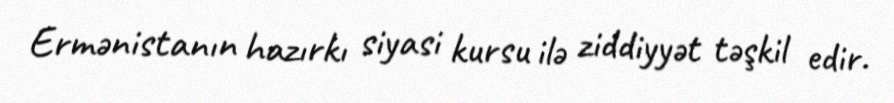
Ermənistanın hazırkı siyasi kursu ilə ziddiyyət təşkil edir.